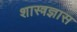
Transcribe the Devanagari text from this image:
शास्त्रज्ञास